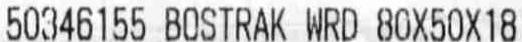
50346155 BOSTRAK WRD 80X50X18